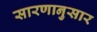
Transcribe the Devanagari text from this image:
सारणानुसार